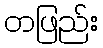
တဖြည်း